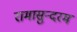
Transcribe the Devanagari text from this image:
रामासुन्दरम